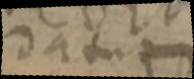
datur